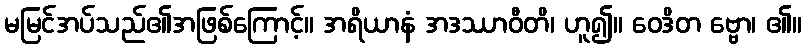
မမြင်အပ်သည်၏အဖြစ်ကြောင့်။ အရိယာနံ အဒဿာဝီတိ၊ ဟူ၍။ ဝေဒိတ ဗ္ဗော၊ ၏။